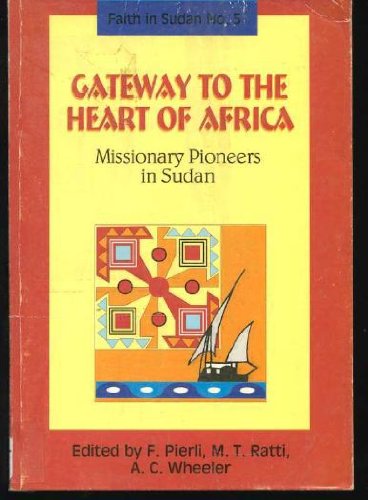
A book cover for Gateway to the heart of Africa: Missionary pioneers in Sudan (Faith in Sudan); Francesco; Wheeler, Andrew C.; Ratti, Maria Teresa Pierli; History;